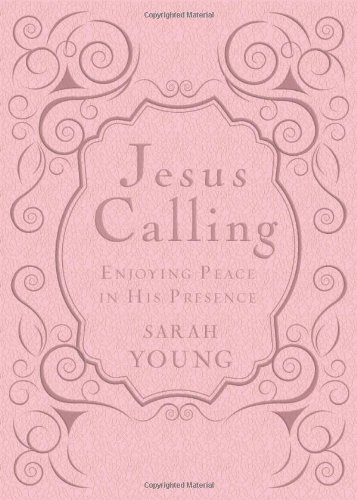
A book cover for Jesus Calling: Enjoying Peace in His Presence; Sarah Young; Religion & Spirituality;